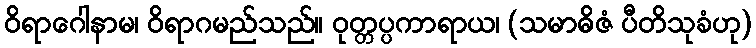
ဝိရာဂေါနာမ၊ ဝိရာဂမည်သည်။ ဝုတ္တပ္ပကာရာယ၊ (သမာဓိဇံ ပီတိသုခံဟု)